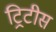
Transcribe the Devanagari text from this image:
ट्रिटीस